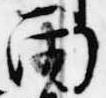
雨